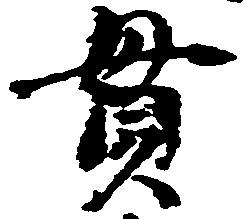
貫